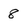
Character: 8